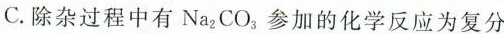
C.除杂过程中有Na_{2}CO_{3}。参加的化学反应为复分